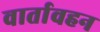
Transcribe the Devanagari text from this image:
वार्तावहन